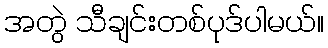
အတွဲ သီချင်းတစ်ပုဒ်ပါမယ်။